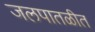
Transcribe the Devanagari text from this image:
जलपातळीत